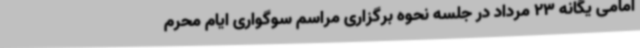
امامی یگانه 23 مرداد در جلسه نحوه برگزاری مراسم سوگواری ایام محرم